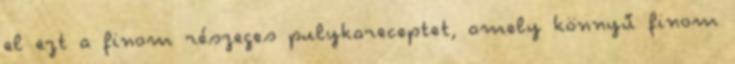
el ezt a finom részeges pulykareceptet, amely könnyű finom